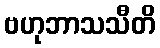
ဗဟုဘာသသီတိ